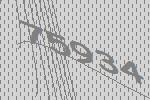
75934